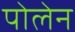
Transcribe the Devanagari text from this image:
पोलेन